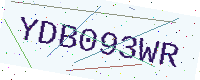
Text: YDB093WR